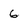
Character: 6